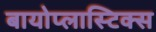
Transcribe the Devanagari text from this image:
बायोप्लास्टिक्स